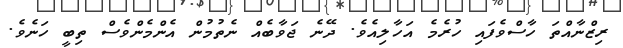
ރިޒްނާއްތަ ހާސްވެފައި ހުރެމެ އަހާލިއެވެ. ދޭނެ ޖަވާބެއް ނެތުމުން އެންމެންވެސް ތިބީ ހަނެވެ.